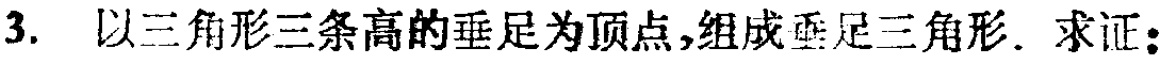
3. 以三角形三条高的垂足为顶点,组成垂足三角形. 求证：